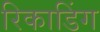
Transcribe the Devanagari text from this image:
रिकाडिंग